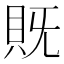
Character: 𮙵